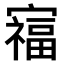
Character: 𫴗